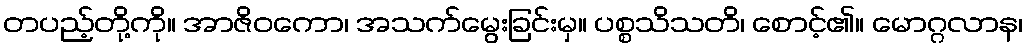
တပည့်တို့ကို။ အာဇိဝကော၊ အသက်မွေးခြင်းမှ။ ပစ္စသိသတိ၊ စောင့်၏။ မောဂ္ဂလာန၊